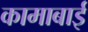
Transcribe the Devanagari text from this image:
कामाबाई